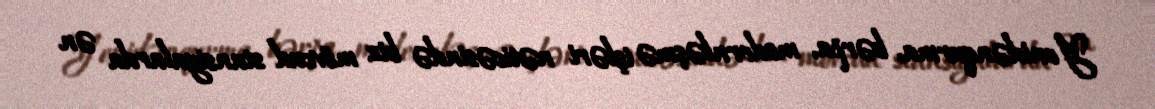
Yenidənqurma, bərpa, modernləşmə işləri nəticəsində biz mövcud stansiyalarda ən